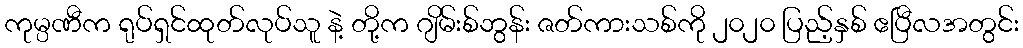
ကုမ္ပဏီက ရုပ်ရှင်ထုတ်လုပ်သူ နဲ့ တို့က ဂျိမ်းစ်ဘွန်း ဇတ်ကားသစ်ကို ၂၀၂၀ ပြည့်နှစ် ဧပြီလအတွင်း